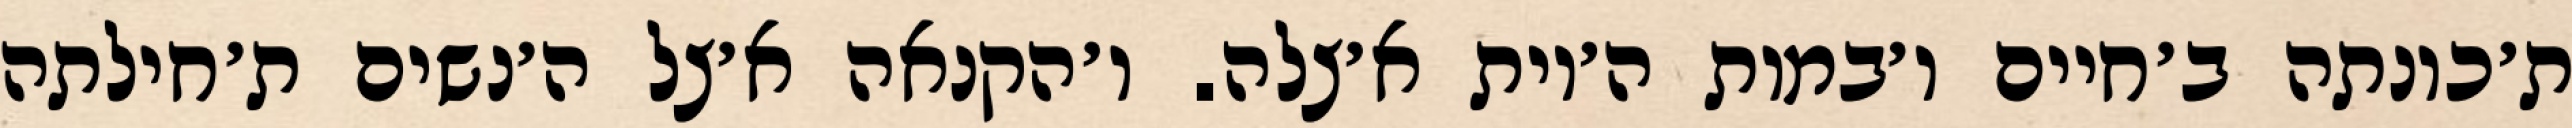
ת׳כונתה ב׳חיים ו׳במות ה׳יות א׳צלה. ו׳הקנאה א׳צל ה׳נשים ת׳חילתה